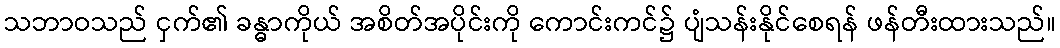
သဘာဝသည် ငှက်၏ ခန္ဓာကိုယ် အစိတ်အပိုင်းကို ကောင်းကင်၌ ပျံသန်းနိုင်စေရန် ဖန်တီးထားသည်။